Studies on the mouth parts a Comparative anatomy of the proboscis in the blood-sucking muscidae - Number 60
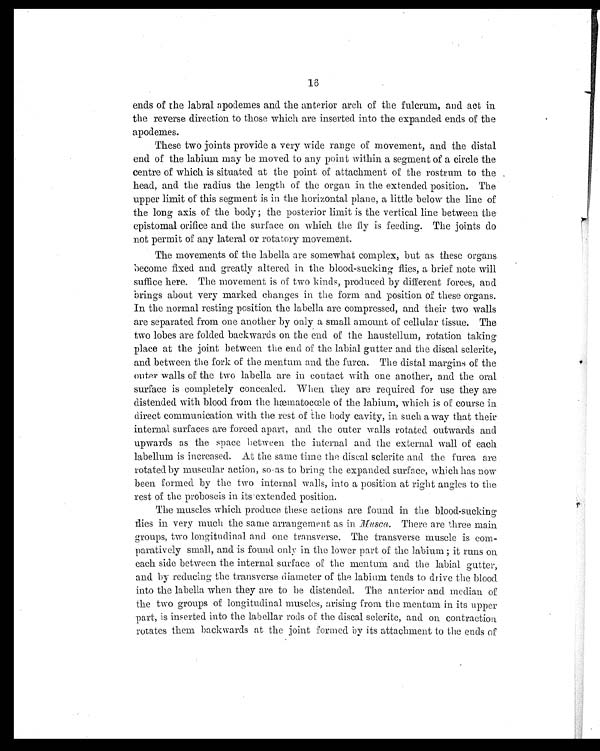
16
ends of the labial apodemes and the anterior arch of the fulcrum, and act in
the reverse direction to those which are inserted into the expanded ends of the
apodemes.
These two joints provide a very wide range of movement, and the distal
end of the labium may be moved to any point within a segment of a circle the
centre of which is situated at the point of attachment of the rostrum to the
head, and the radius the length of the organ in the extended position. The
upper limit of this segment is in the horizontal plane, a little below the line of
the long axis of the body ; the posterior limit is the vertical line between the
epistomal orifice and the surface on which the fly is feeding. The joints do
not permit of any lateral or rotatory movement.
The movements of the labella are somewhat complex, but as these organs
become fixed and greatly altered in the blood-sucking flies, a brief note will
suffice here. The movement is of two kinds, produced by different forces, and
brings about very marked changes in the form and position of these organs.
In the normal resting position the labella are compressed, and their two walls
are separated from one another by only a small amount of cellular tissue. The
two lobes are folded backwards on the end of the haustellum, rotation taking
place at the joint between the end of the labial gutter and the discal sclerite,
and between the fork of the mentum and the furca. The distal margins of the
outer walls of the two labella are in contact with one another, and the oral
surface is completely concealed. When they are required for use they are
distended with blood from the hæmatocœle of the labium, which is of course in
direct communication with the rest of the body cavity, in such a way that their
internal surfaces are forced apart, and the outer walls rotated outwards and
upwards as the space between the internal and the external wall of each
labellum is increased. At the same time the discal sclerite and the furca are
rotated by muscular action, so as to bring the expanded surface, which has now
been formed by the two internal walls, into a position at right angles to the
rest of the proboscis in its extended position.
The muscles which produce these actions are found in the blood-sucking
flies in very much the same arrangement as in Musca. There are three main
groups, two longitudinal and one transverse. The transverse muscle is com-
paratively small, and is found only in the lower part of the labium ; it runs on
each side between the internal surface of the mentum and the labial gutter,
and by reducing the transverse diameter of the labium tends to drive the blood
into the labella when they are to he distended. The anterior and median of
the two groups of longitudinal muscles, arising from the mentum in its upper
part, is inserted into the labellar rods of the discal sclerite, and on contraction
rotates them backwards at the joint formed by its attachment to the ends of
I